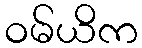
ဝမ်ယိက